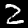
Digit: 2